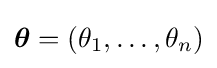
{\boldsymbol {\theta }}=(\theta _{1},\dots ,\theta _{n})